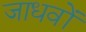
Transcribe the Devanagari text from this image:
जाधवों